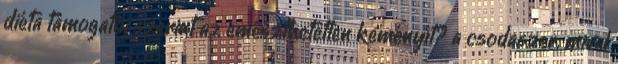
diéta támogatói szerint az emészthetetlen keményít? a csodaszer, mivel